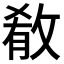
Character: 𫾼